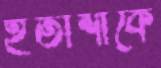
হতাশাকে